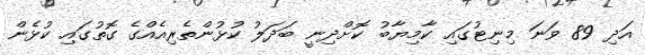
އަދި 89 ވަނަ މިނިޓުގައި ކާމިޔާބު ކޮށްދިނީ ބަދަލު ކުޅުންތެރިއެއްގެ ގޮތުގައި ކުޅެން